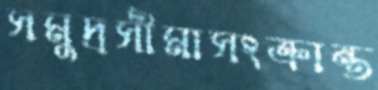
সমুদ্রসীমাসংক্রান্ত